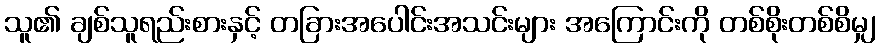
သူ၏ ချစ်သူရည်းစားနှင့် တခြားအပေါင်းအသင်းများ အကြောင်းကို တစ်စိုးတစ်စိမျှ